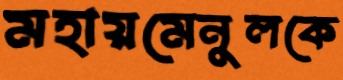
মহায়মেনুলকে